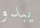
يبدو